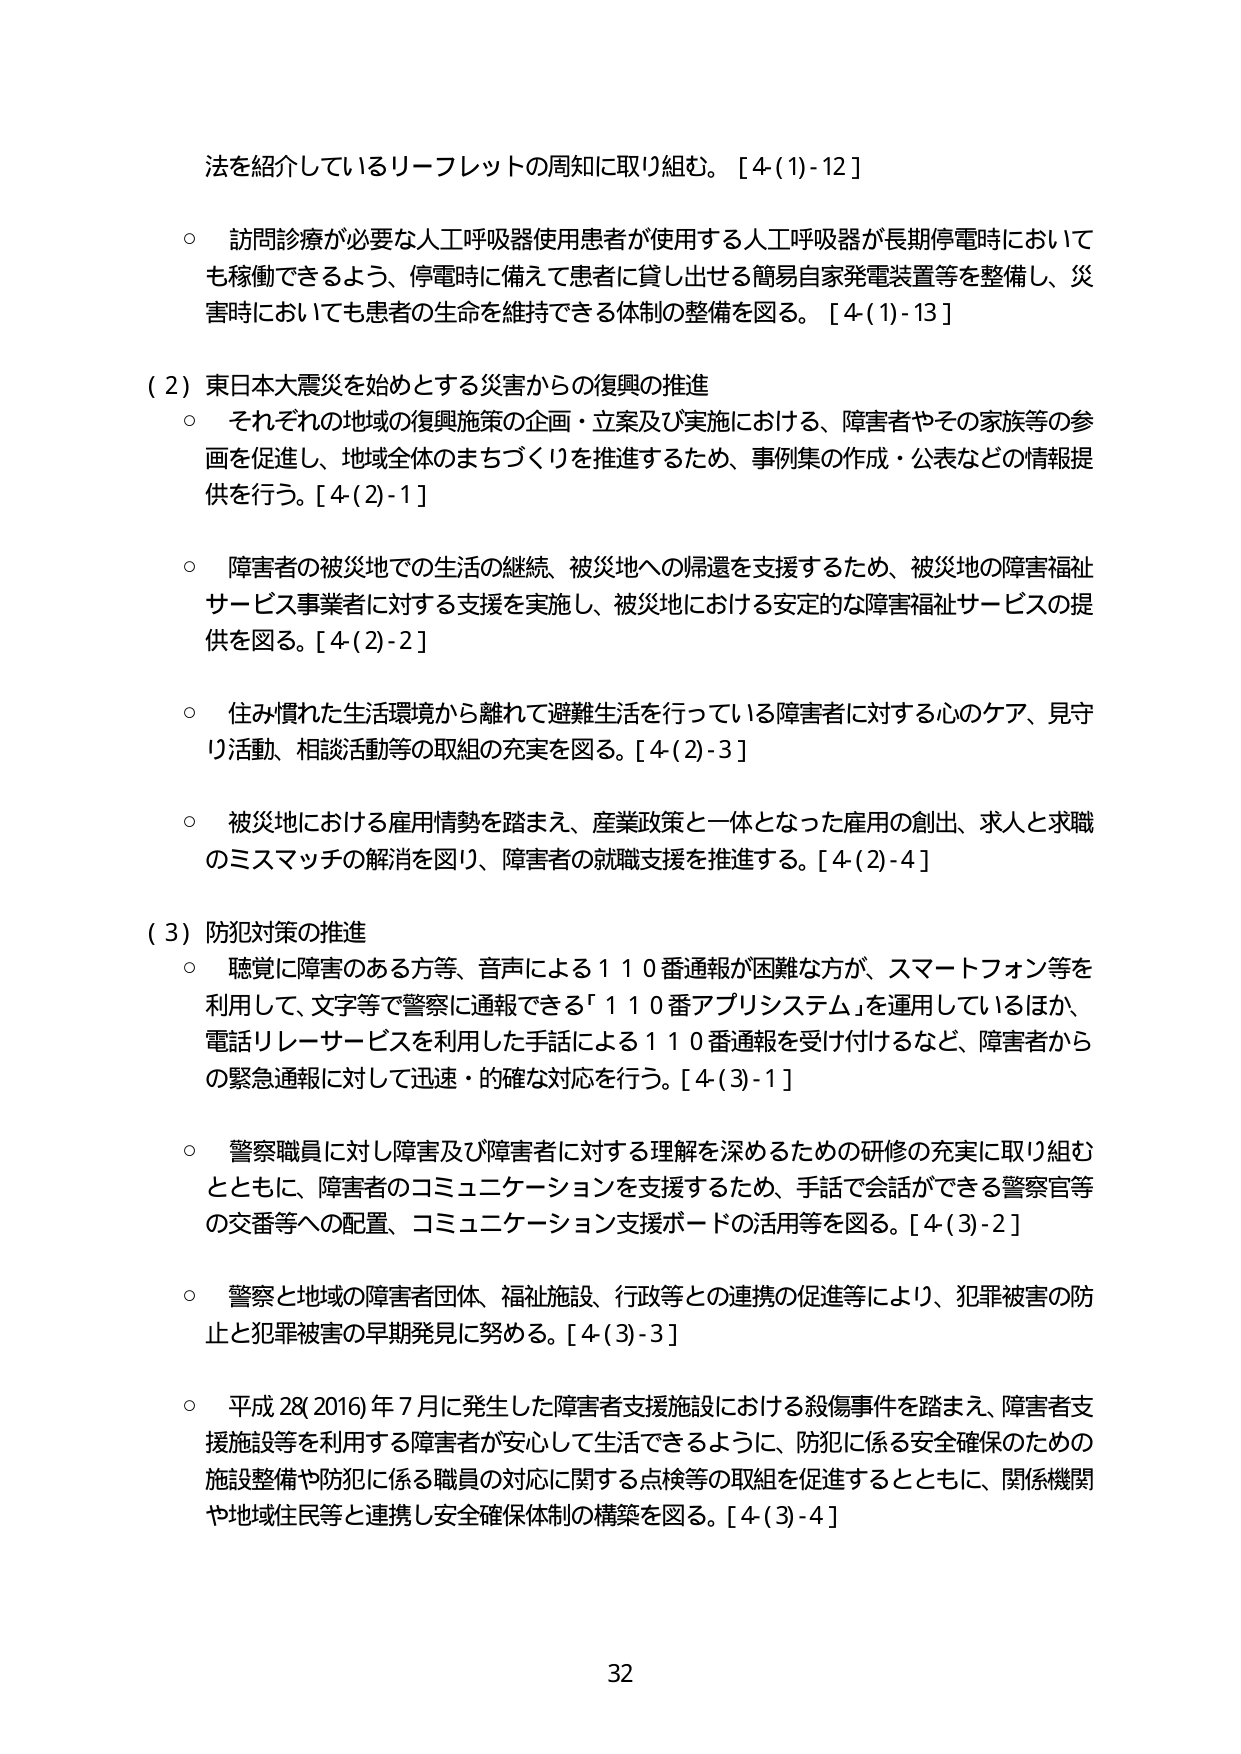
法を紹介しているリーフレットの周知に取り組む。[4(1)-12]

○ 訪問診療が必要な人工呼吸器使用患者が使用する人工呼吸器が長期停電時においても稼働できるよう、停電時に備えて患者に貸し出せる簡易自家発電装置等を整備し、災害時においても患者の生命を維持できる体制の整備を図る。[4(1)-13]

(2) 東日本大震災を始めとする災害からの復興の推進

○ それぞれの地域の復興施策の企画・立案及び実施における、障害者やその家族等の参画を促進し、地域全体のまちづくりを推進するため、事例集の作成・公表などの情報提供を行う。[4(2)-1]

○ 障害者の被災地での生活の継続、被災地への帰還を支援するため、被災地の障害福祉サービス事業者に対する支援を実施し、被災地における安定的な障害福祉サービスの提供を図る。[4(2)-2]

○ 住み慣れた生活環境から離れて避難生活を行っている障害者に対する心のケア、見守り活動、相談活動等の取組の充実を図る。[4(2)-3]

○ 被災地における雇用情勢を踏まえ、産業政策と一体となった雇用の創出、求人と求職のミスマッチの解消を図り、障害者の就職支援を推進する。[4(2)-4]

(3) 防犯対策の推進

○ 聴覚に障害のある方等、音声による110番通報が困難な方が、スマートフォン等を利用して、文字等で警察に通報できる「110番アプリシステム」を運用しているほか、電話リレーサービスを利用した手話による110番通報を受け付けるなど、障害者からの緊急通報に対して迅速・的確な対応を行う。[4(3)-1]

○ 警察職員に対し障害及び障害者に対する理解を深めるための研修の充実に取り組むとともに、障害者のコミュニケーションを支援するため、手話で会話ができる警察官等の交番等への配置、コミュニケーション支援ボードの活用等を図る。[4(3)-2]

○ 警察と地域の障害者団体、福祉施設、行政等との連携の促進等により、犯罪被害の防止と犯罪被害の早期発見に努める。[4(3)-3]

○ 平成28(2016)年7月に発生した障害者支援施設における殺傷事件を踏まえ、障害者支援施設等を利用する障害者が安心して生活できるように、防犯に係る安全確保のための施設整備や防犯に係る職員の対応に関する点検等の取組を促進するとともに、関係機関や地域住民等と連携し安全確保体制の構築を図る。[4(3)-4]

32